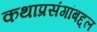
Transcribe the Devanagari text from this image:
कथाप्रसंगांबद्दल